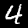
Digit: 4